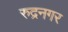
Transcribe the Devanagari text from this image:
रुद्रनगर